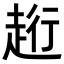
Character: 𧻥